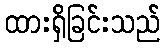
ထားရှိခြင်းသည်